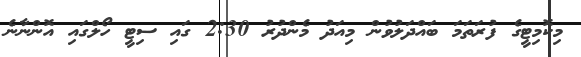
މިކޮމިޓީގެ ފުރަތަމަ ބައްދަލުވުން މިއަދު މެންދުރު 2:30 ގައި ސިޓީ ހޯލްގައި އޮންނާނެ